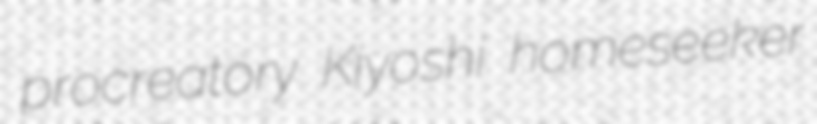
procreatory Kiyoshi homeseeker